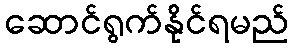
ဆောင်ရွက်နိုင်ရမည်